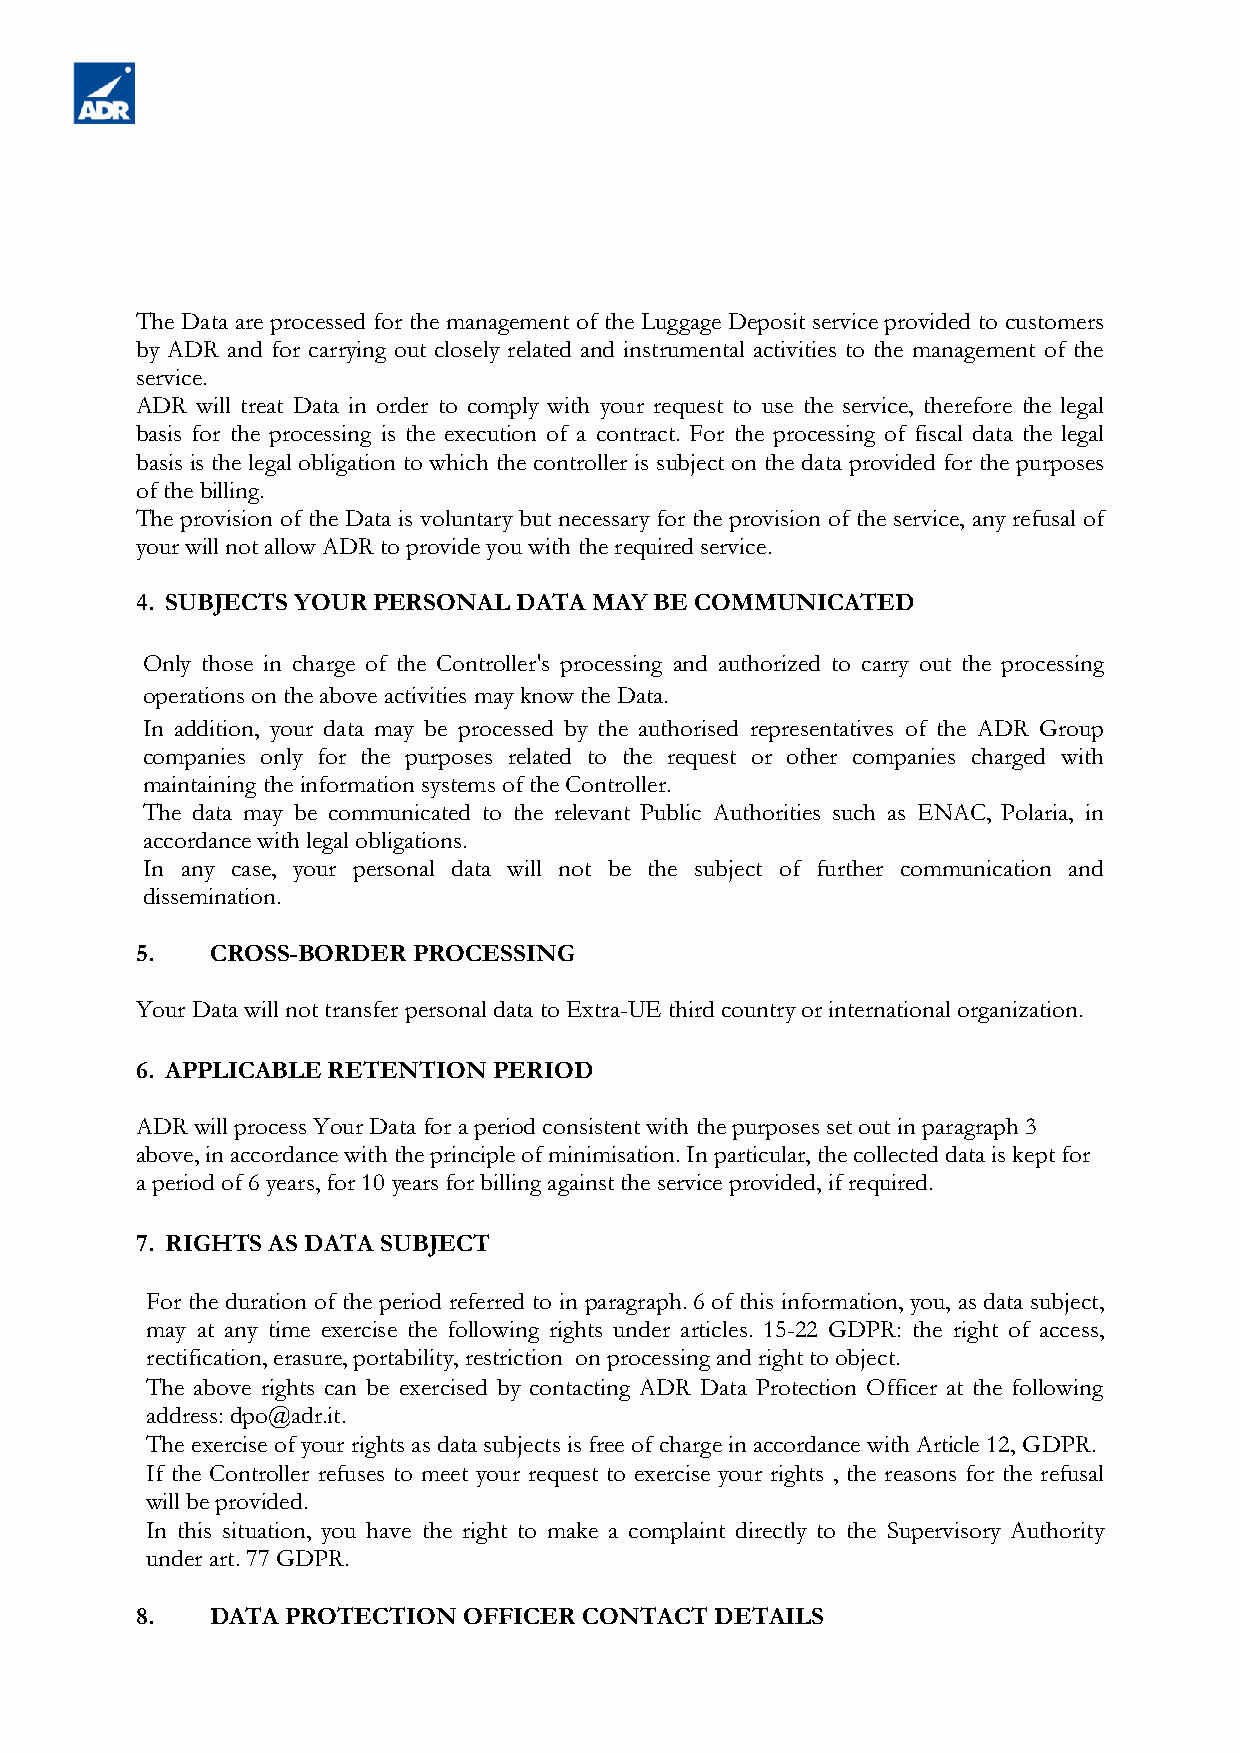
The Data are processed for the management of the Luggage Deposit service provided to customers
 by ADR and for carrying out closely related and instrumental activities to the management of the
 service.
 ADR will treat Data in order to comply with your request to use the service, therefore the legal
 basis for the processing is the execution of a contract. For the processing of fiscal data the legal
 basis is the legal obligation to which the controller is subject on the data provided for the purposes
 of the billing.
 The provision of the Data is voluntary but necessary for the provision of the service, any refusal of
 your will not allow ADR to provide you with the required service.
 4. SUBJECTS YOUR PERSONAL DATA MAY BE COMMUNICATED
 Only those in charge of the Controller's processing and authorized to carry out the processing
 operations on the above activities may know the Data.
 In addition, your data may be processed by the authorised representatives of the ADR Group
 companies only for the purposes related to the request or other companies charged with
 maintaining the information systems of the Controller.
 The data may be communicated to the relevant Public Authorities such as ENAC, Polaria, in
 accordance with legal obligations.
 In any case, your personal data will not be the subject of further communication and
 dissemination.
 5.   CROSS-BORDER PROCESSING
 Your Data will not transfer personal data to Extra-UE third country or international organization.
 6. APPLICABLE RETENTION PERIOD
 ADR will process Your Data for a period consistent with the purposes set out in paragraph 3
 above, in accordance with the principle of minimisation. In particular, the collected data is kept for
 a period of 6 years, for 10 years for billing against the service provided, if required.
 7. RIGHTS AS DATA SUBJECT
 For the duration of the period referred to in paragraph. 6 of this information, you, as data subject,
 may at any time exercise the following rights under articles. 15-22 GDPR: the right of access,
 rectification, erasure, portability, restriction on processing and right to object.
 The above rights can be exercised by contacting ADR Data Protection Officer at the following
 address: dpo@adr.it.
 The exercise of your rights as data subjects is free of charge in accordance with Article 12, GDPR.
 If the Controller refuses to meet your request to exercise your rights , the reasons for the refusal
 will be provided.
 In this situation, you have the right to make a complaint directly to the Supervisory Authority
 under art. 77 GDPR.
 8.   DATA PROTECTION  OFFICER CONTACT DETAILS